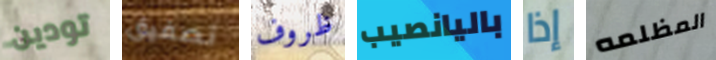
تودين تصفيق ظروف باليانصيب إذا المظلمه